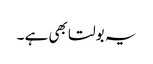
یہ بولتا بھی ہے ۔